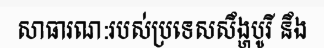
សាធារណ:របស់ប្រទេសសឹង្ហបូរី នឹង